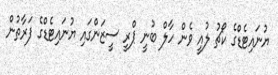
ޔުނައިޓެޑްގެ ކޯޗު ލުއީ ވެން ހާލް ބުނީ ޕްރީ ސީޒަންގައި ޔުނައިޓެޑްގެ ފަރާތުން